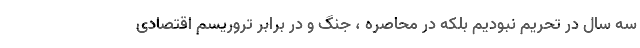
سه سال در تحریم نبودیم بلکه در محاصره ، جنگ و در برابر تروریسم اقتصادی